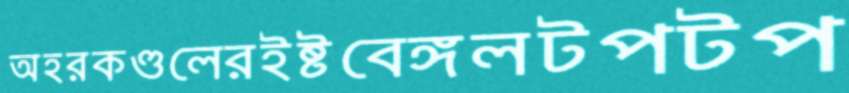
অহরকণ্ডলেরইষ্টবেঙ্গলটপটপ